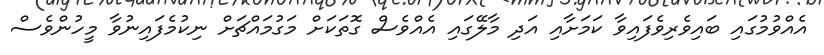
އެއްވުމުގައި ބައިވެރިވެފައިވާ ކަމަށާއި އަދި މާލޭގައި އެއްވެސް ގޮތަކަށް މަގުމައްޗަށް ނިކުމެފައިނުވާ މީހުންވެސް